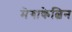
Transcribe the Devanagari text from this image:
मेगाकेल्विन